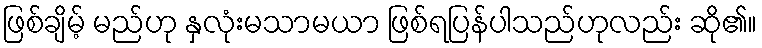
ဖြစ်ချိမ့် မည်ဟု နှလုံးမသာမယာ ဖြစ်ရပြန်ပါသည်ဟုလည်း ဆို၏။